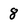
Character: 8